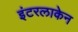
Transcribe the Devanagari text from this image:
इंटरलाकेन